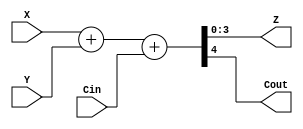
`timescale 1ns / 1ps
//////////////////////////////////////////////////////////////////////////////////
// Company: 
// Engineer: 
// 
// Design Name: 
// Module Name: Adder_4_bit
// Project Name: 
// Target Devices: 
// Tool Versions: 
// Description: 
// 
// Dependencies: 
// 
// Revision:
// Revision 0.01 - File Created
// Additional Comments:
// 
//////////////////////////////////////////////////////////////////////////////////


module Adder_4_bit(
    input [3:0] X,
    input [3:0] Y,
    output [3:0] Z,
    output Cout,
    input Cin
    );
    assign {Cout,Z}=X+Y+Cin;
endmodule